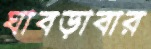
ঘাবড়াবার